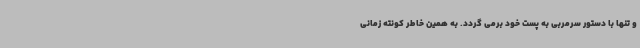
و تنها با دستور سرمربی به پست خود برمی گردد. به همین خاطر کونته زمانی